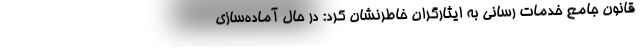
قانون جامع خدمات رسانی به ایثارگران خاطرنشان کرد: در حال آماده‌سازی